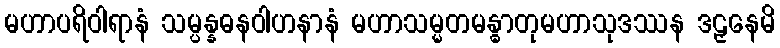
မဟာပရိဝါရာနံ သမ္ပန္နဓနဝါဟနာနံ မဟာသမ္မတမန္ဓာတုမဟာသုဒဿန ဒဠှနေမိ